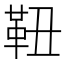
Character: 靵